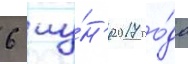
6 иу́н'я 2017 го́да